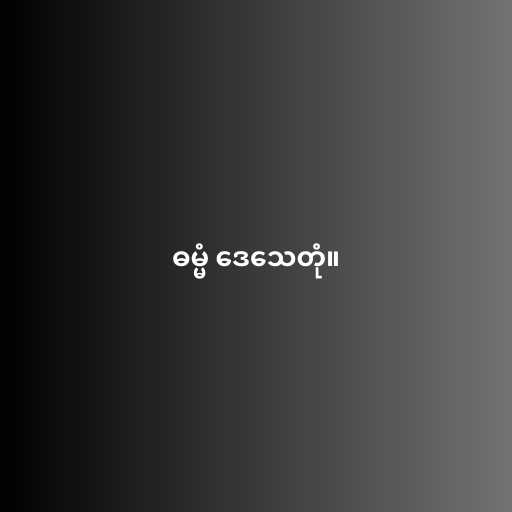
ဓမ္မံ ဒေသေတုံ။